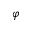
\varphi